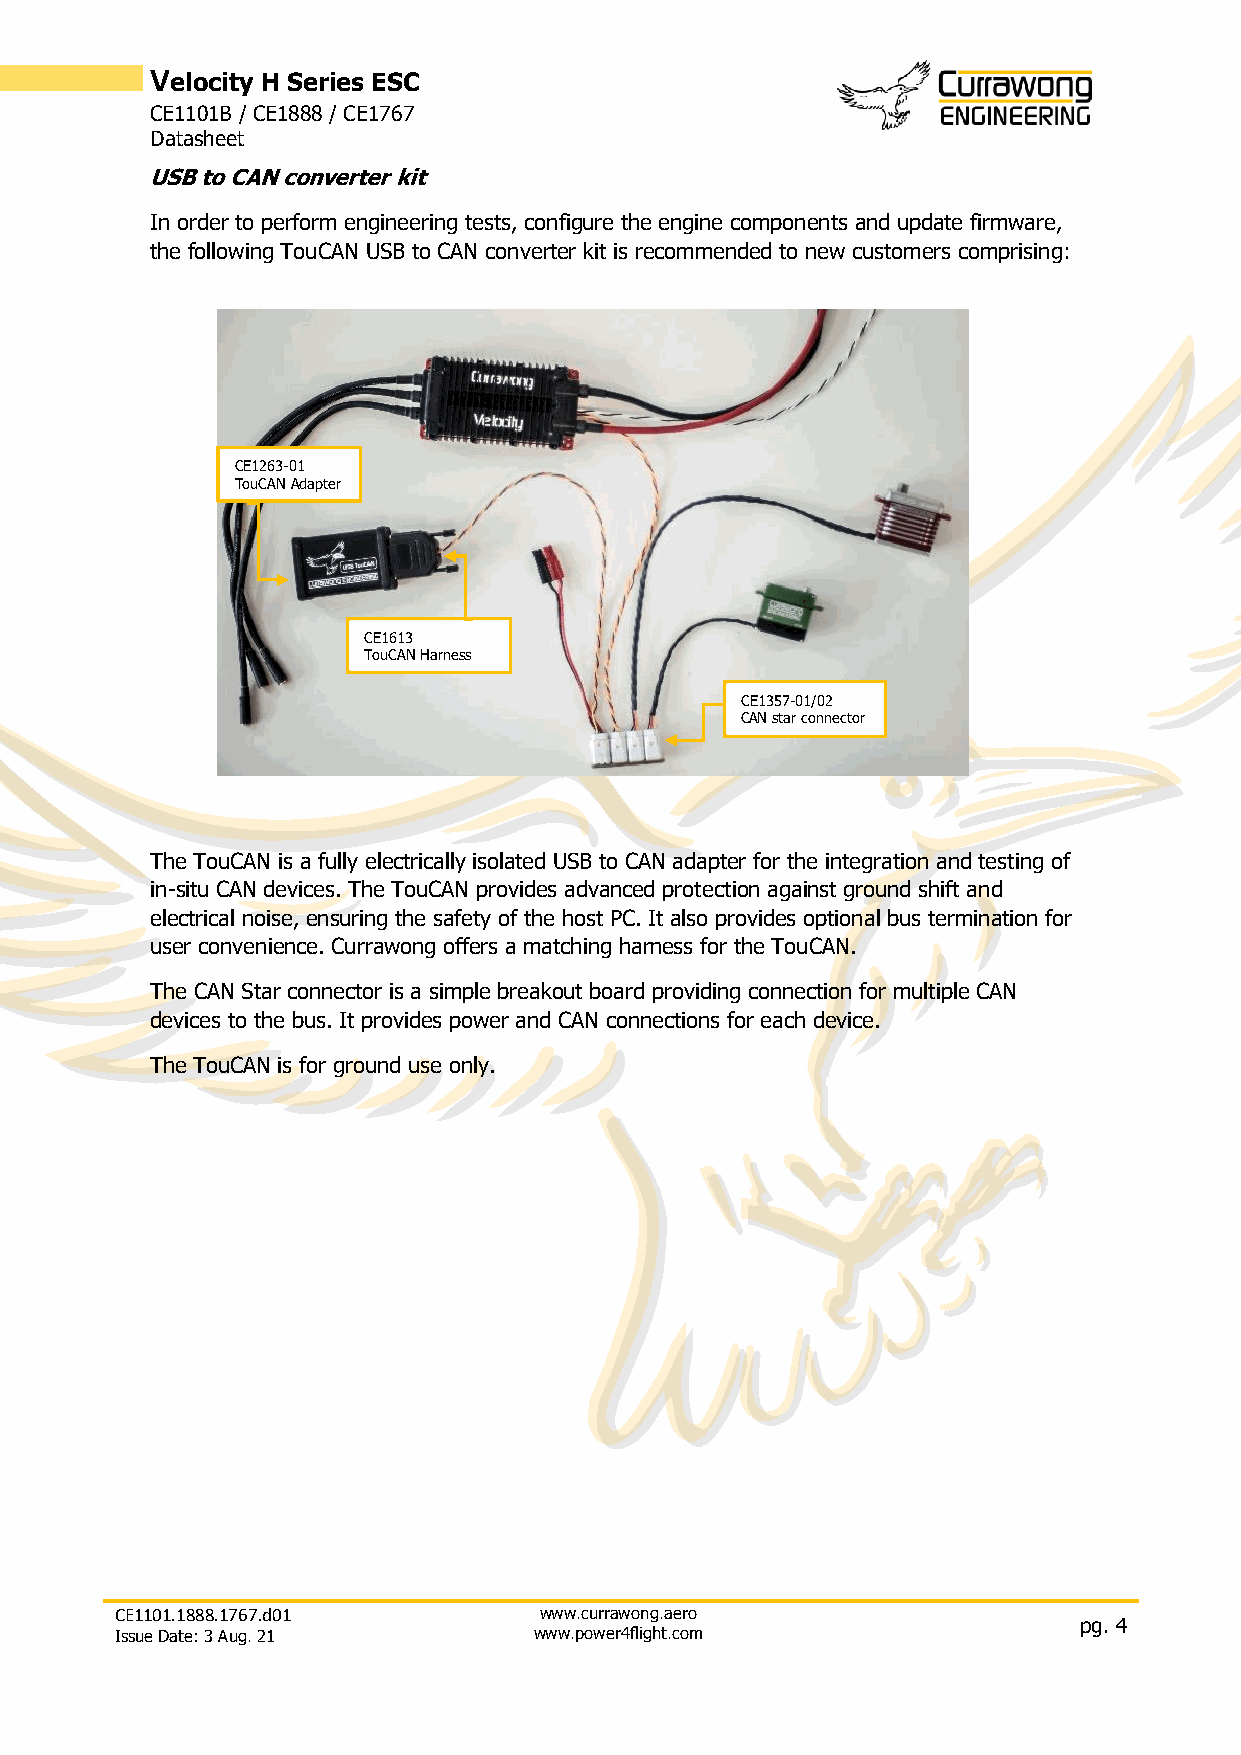
Velocity H Series ESC
 CE1101B / CE1888 / CE1767
 Datasheet
 USB to CAN converter kit
 In order to perform engineering tests, configure the engine components and update firmware,
 the following TouCAN USB to CAN converter kit is recommended to new customers comprising:
 CE1263-01
 TouCAN Adapter
 CE1613
 TouCAN Harness
 CE1357-01/02
 CAN star connector
 The TouCAN is a fully electrically isolated USB to CAN adapter for the integration and testing of
 in-situ CAN devices. The TouCAN provides advanced protection against ground shift and
 electrical noise, ensuring the safety of the host PC. It also provides optional bus termination for
 user convenience. Currawong offers a matching harness for the TouCAN.
 The CAN Star connector is a simple breakout board providing connection for multiple CAN
 devices to the bus. It provides power and CAN connections for each device.
 The TouCAN is for ground use only.
 CE1101.1888.1767.d01        www.currawong.aero
 pg. 4
 Issue Date: 3 Aug. 21      www.power4flight.com